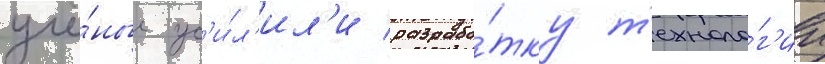
учё́ные ус'и́л'ил'и разрабо́тку т'ехноло́г'ии